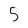
Character: 5